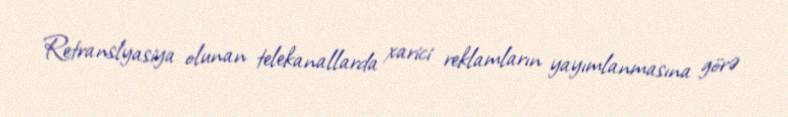
Retranslyasiya olunan telekanallarda xarici reklamların yayımlanmasına görə